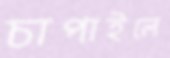
চাপাইলে